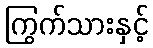
ကြွက်သားနှင့်